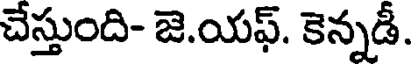
చేస్తుంది- జె.యఫ్. కెన్నడీ.